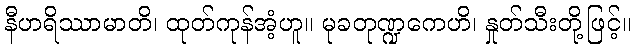
နီဟရိဿာမာတိ၊ ထုတ်ကုန်အံ့ဟူ။ မုခတုဏ္ဍကေဟိ၊ နှုတ်သီးတို့ဖြင့်။